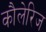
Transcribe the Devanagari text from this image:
कौलेरिज